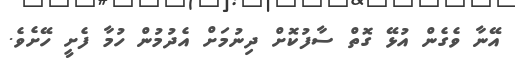
އޭނާ ވެގެން އުޅޭ ގޮތް ސާފުކޮށް ދިނުމަށް އެދުމުން ހުމާ ފެށީ ހޭށެވެ.